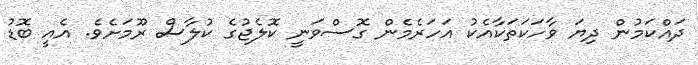
ދައްކަމުން ދިޔަ ވާހަކަތަކާއެކު އަހަރެމެން ގޮސްވަނީ ކޮލެޖުގެ ކުލާސް ރޫމަށެވެ. އެއީ ބޮޑު